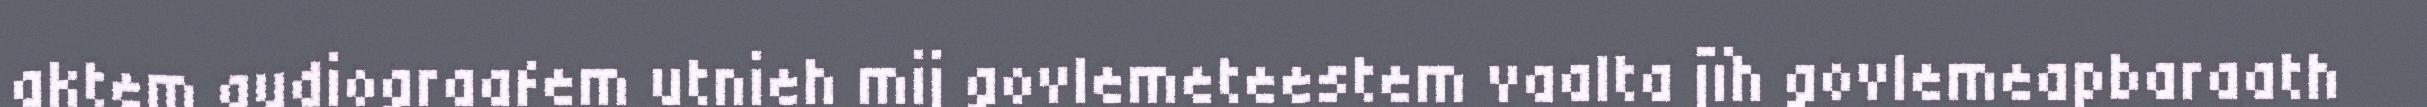
aktem audiograafem utnieh mij govlemeteestem vaalta jïh govlemeapbaraath